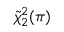
\tilde { \chi } _ { 2 } ^ { 2 } ( \pi )